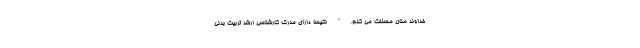
خداوند منان مسئلت می کنم." نکیسا دارای مدرک کارشناسی ارشد تربیت بدنی